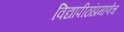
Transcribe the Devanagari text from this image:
विद्यापीठांप्रमाणेच